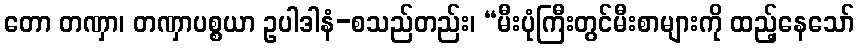
တော တဏှာ၊ တဏှာပစ္စယာ ဥပါဒါနံ-စသည်တည်း၊ “မီးပုံကြီးတွင်မီးစာများကို ထည့်နေသော်